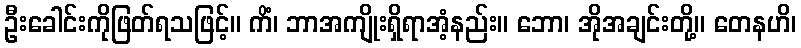
ဦးခေါင်းကိုဖြတ်ရသဖြင့်။ ကိံ၊ ဘာအကျိုးရှိရာအံ့နည်း။ ဘော၊ အိုအချင်းတို့။ တေနဟိ၊